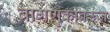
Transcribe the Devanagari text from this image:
वागणुकीवरून